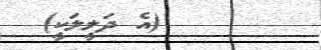
٢       (އެ ދަލީލަކީ)